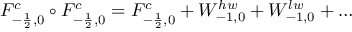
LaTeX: { \cal F } _ { - \frac { 1 } { 2 } , 0 } ^ { c } \circ { \cal F } _ { - \frac { 1 } { 2 } , 0 } ^ { c } = { \cal F } _ { - \frac { 1 } { 2 } , 0 } ^ { c } + W _ { - 1 , 0 } ^ { h w } + W _ { - 1 , 0 } ^ { l w } + \dots